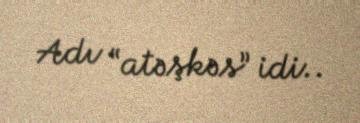
Adı “atəşkəs” idi..